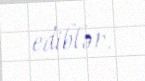
ediblər.